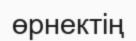
өрнектің